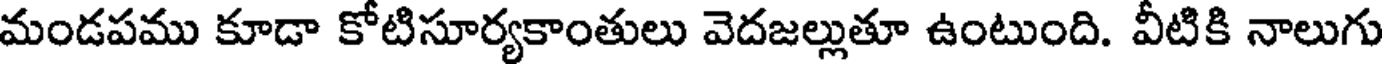
మండపము కూడా కోటిసూర్యకాంతులు వెదజల్లుతూ ఉంటుంది. వీటికి నాలుగు